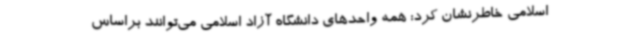
اسلامی خاطرنشان کرد: همه واحدهای دانشگاه آزاد اسلامی می‌توانند براساس